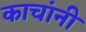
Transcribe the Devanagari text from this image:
काचांनी